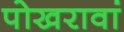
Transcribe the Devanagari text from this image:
पोखरावां